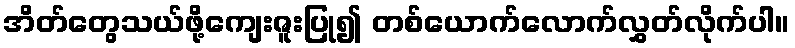
အိတ်တွေသယ်ဖို့ကျေးဇူးပြု၍ တစ်ယောက်လောက်လွှတ်လိုက်ပါ။